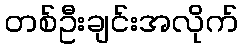
တစ်ဦးချင်းအလိုက်